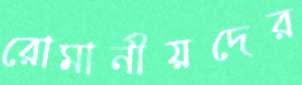
রোমানীয়দের